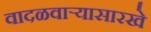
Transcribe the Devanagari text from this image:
वादळवाऱ्यासारखे